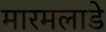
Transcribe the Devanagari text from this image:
मारमलाडे